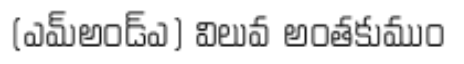
(ఎమ్అండ్ఎ) విలువ అంతకుముం